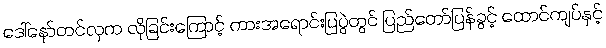
ဒေါ်နော်တင်လှက လိုခြင်းကြောင့် ကားအရောင်းပြပွဲတွင် ပြည်တော်ပြန်ခွင့် ထောင်ကျပ်နှင့်